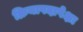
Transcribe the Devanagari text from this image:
क्रियापदापेक्षा